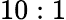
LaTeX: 10:1